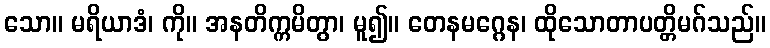
သော။ မရိယာဒံ၊ ကို။ အနတိက္ကမိတွာ၊ မူ၍။ တေနမဂ္ဂေန၊ ထိုသောတာပတ္တိမဂ်သည်။